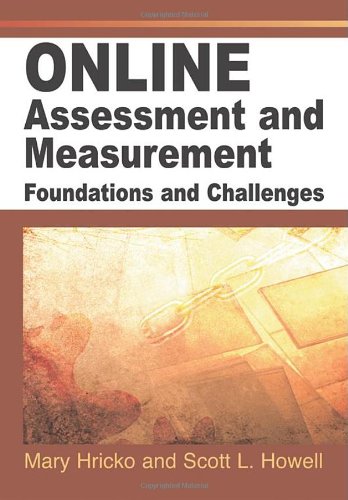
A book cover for Online Assessment And Measurement: Foundations And Challenges; Education & Teaching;